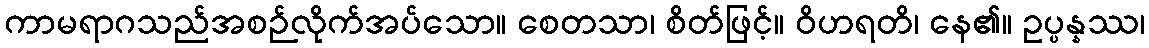
ကာမရာဂသည်အစဉ်လိုက်အပ်သော။ စေတသာ၊ စိတ်ဖြင့်။ ဝိဟရတိ၊ နေ၏။ ဥပ္ပန္နဿ၊